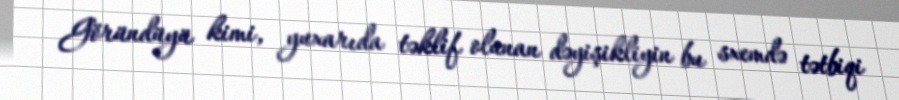
Göründüyü kimi, yuxarıda təklif olunan dəyişikliyin bu sxemdə tətbiqi